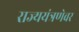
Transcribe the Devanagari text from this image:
राज्ययंत्रणेवर